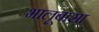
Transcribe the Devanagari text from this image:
भालूबासा